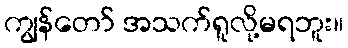
ကျွန်တော် အသက်ရူလို့မရဘူး။